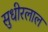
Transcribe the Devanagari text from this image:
सुधीरलाल